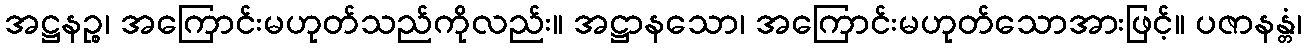
အဋ္ဌနဉ္စ၊ အကြောင်းမဟုတ်သည်ကိုလည်း။ အဋ္ဌာနသော၊ အကြောင်းမဟုတ်သောအားဖြင့်။ ပဇာနန္တံ၊